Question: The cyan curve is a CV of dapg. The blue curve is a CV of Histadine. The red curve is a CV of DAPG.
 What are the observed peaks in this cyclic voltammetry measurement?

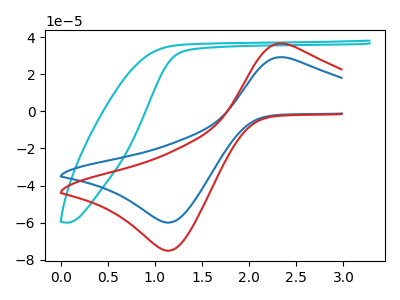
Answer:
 <answer>The cyan curve "dapg" has no peaks. The blue curve "Histadine" has an anodic peak at (2.40V, 28.95uA) and a cathodic peak at (1.15V, -59.95uA). The red curve "DAPG" has an anodic peak at (2.40V, 36.30uA) and a cathodic peak at (1.15V, -75.10uA).</answer>
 <eval></eval>